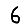
Digit: 6